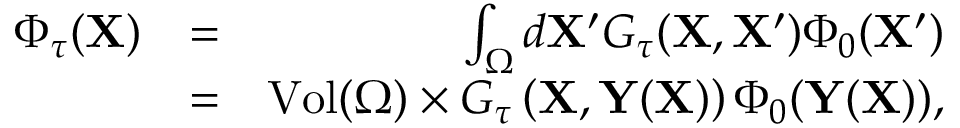
\begin{array} { r l r } { \Phi _ { \tau } ( \mathbf { X } ) } & { = } & { \int _ { \Omega } d \mathbf { X } ^ { \prime } G _ { \tau } ( \mathbf { X } , \mathbf { X } ^ { \prime } ) \Phi _ { 0 } ( \mathbf { X } ^ { \prime } ) } \\ & { = } & { \mathrm { V o l } ( \Omega ) \times G _ { \tau } \left( \mathbf { X } , \mathbf { Y } ( \mathbf { X } ) \right) \Phi _ { 0 } ( \mathbf { Y } ( \mathbf { X } ) ) , } \end{array}